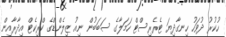
ހުކުރު ދުވަހު ހިނގާދިޔަ ޓެރެރިސްޓް ހަމަލާގެ ސަބަބުން ނިއު ޒިލެންޑްގެ ކްރިކެޓް އިދާރާއިން